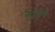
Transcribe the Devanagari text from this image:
बऊला